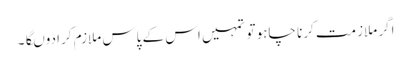
اگر ملازمت کرنا چاہو تو تمہیں اس کے پاس ملازم کرا دوںگا۔